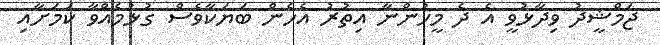
ޖަމްޝީދު ވިދާޅުވީ އެ ދެ މީހުންނާ އިތުރު އެހެން ބަޔަކާވެސް ގުޅުމެއްވާ ކަމަށާއި